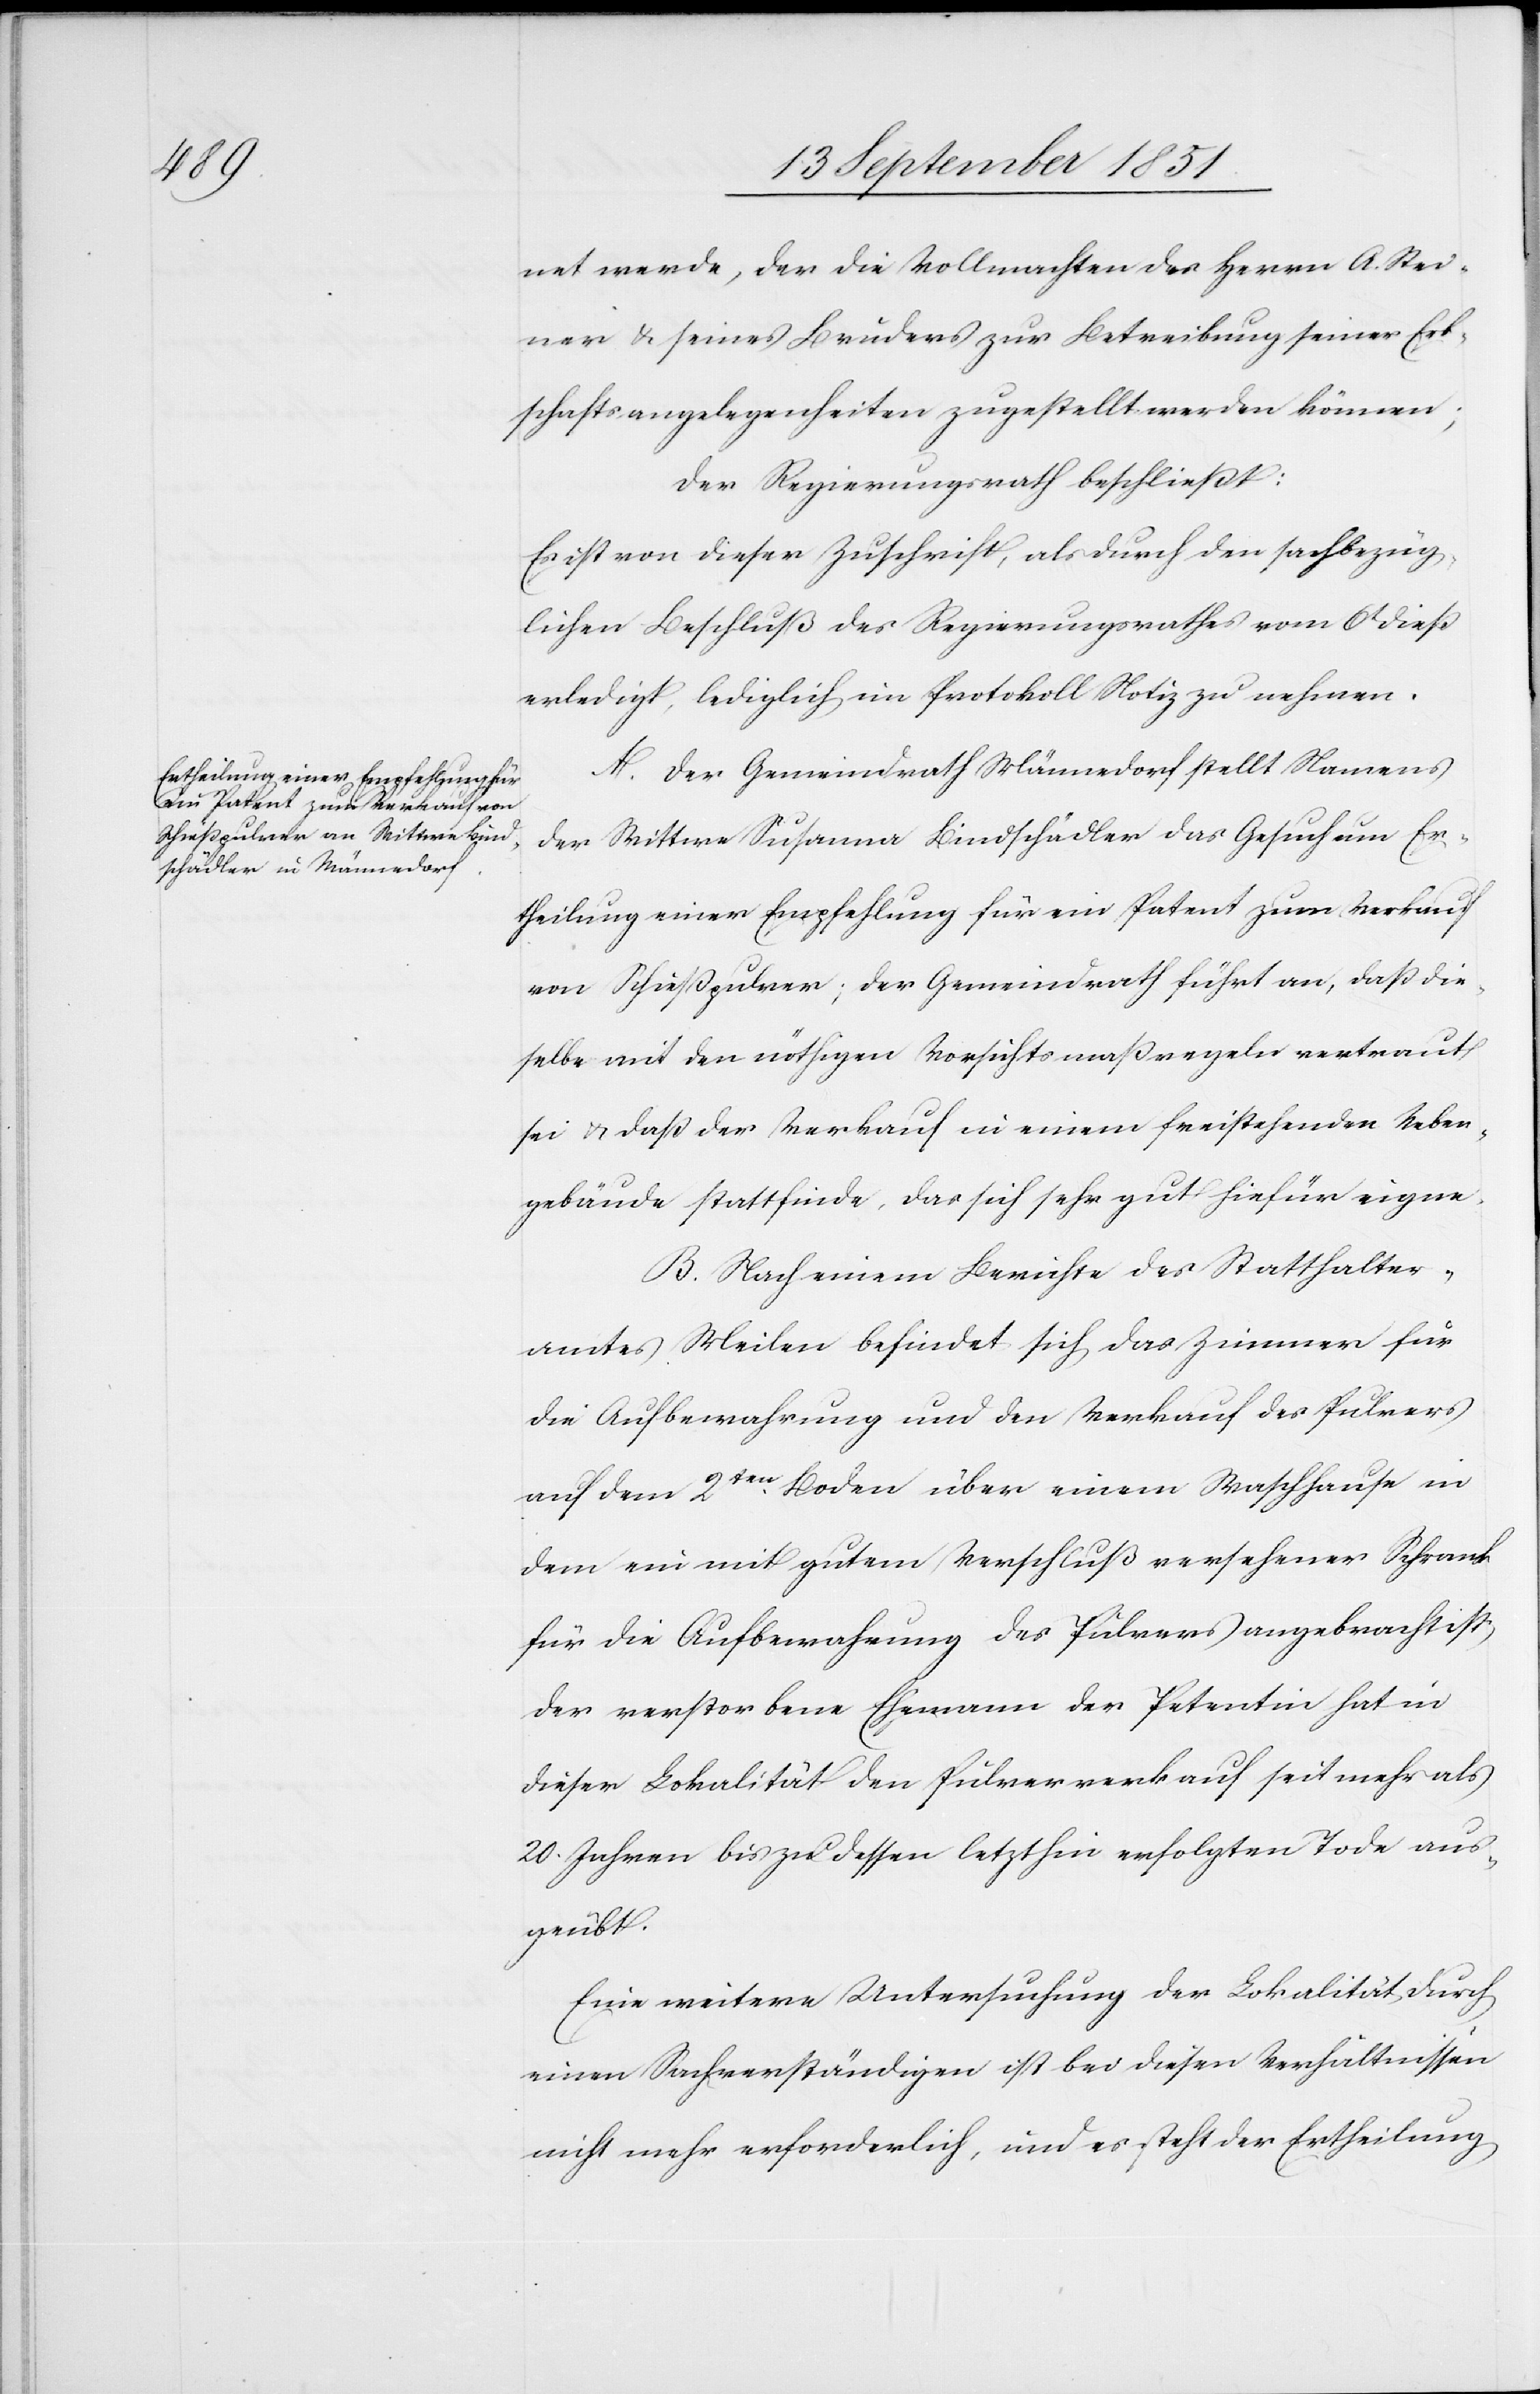
net werde, der die Vollmachten des Herrn A. Stei¬
ner & seines Bruders zur Betreibung seiner Erb¬
schaftsangelegenheiten zugestellt werden können;
Der Regierungsrath beschließt:
Es ist von dieser Zuschrift, als durch den sachbezüg¬
lichen Beschluß des Regierungsrathes vom 6t dieß
erledigt, lediglich im Protokoll Notiz zu nehmen.
A. Der Gemeindrath Männedorf stellt Namens
der Wittwe Susanna Bindschädler das Gesuch um Er¬
theilung einer Empfehlung für ein Patent zum Verkauf
von Schießpulver; der Gemeindrath führt an, daß die¬
selbe mit den nöthigen Vorsichtsmaßregeln vertraut
sei & daß der Verkauf in einem freistehenden Neben¬
gebäude stattfinde, das sich sehr gut hiefür eigne.
B. Nach einem Berichte des Statthalter¬
amtes Meilen befindet sich das Zimmer für
die Aufbewahrung und den Verkauf des Pulvers
auf dem 2ten. Boden über einem Waschhause in
dem ein mit gutem Verschluß versehener Schrank
für die Aufbewahrung des Pulvers angebracht ist,
der verstorbene Ehemann der Petentin hat in
dieser Lokalität den Pulververkauf seit mehr als
20. Jahren bis zu dessen letzthin erfolgten Tode aus¬
geübt.
Eine weitere Untersuchung der Lokalität durch
einen Sachverständigen ist bei diesen Verhältnissen
nicht mehr erforderlich, und es steht der Ertheilung